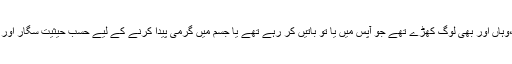
جس جگہ میں کھڑا تھا،وہاں اور بھی لوگ کھڑے تھے جو آپس میں یا تو باتیں کر رہے تھے یا جسم میں گرمی پیدا کرنے کے لیے حسبِ حیثیت سگار اور سگریٹ پی رہے تھے۔